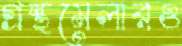
গ্রন্থমেলারও